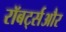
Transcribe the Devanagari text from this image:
रॉबर्ट्सऔर